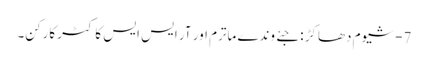
7- شیوم دھاکڑ : جئے وندے ماترم اور آر ایس ایس کا کٹر کارکن۔